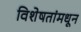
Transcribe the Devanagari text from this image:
विशेषतांमधून